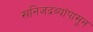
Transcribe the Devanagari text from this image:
खनिजद्रव्यांपासून